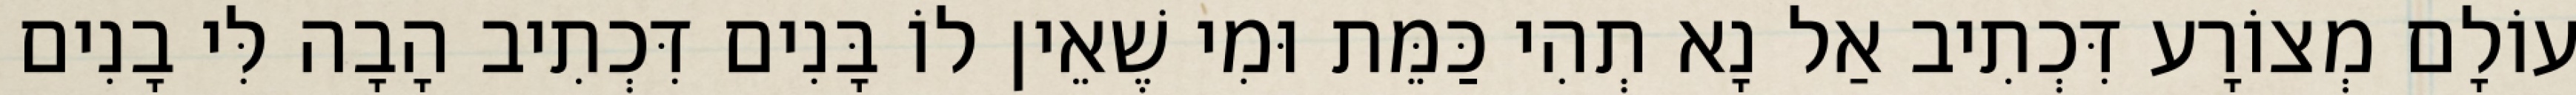
עוֹלָם מְצוֹרָע דִּכְתִיב אַל נָא תְהִי כַּמֵּת וּמִי שֶׁאֵין לוֹ בָּנִים דִּכְתִיב הָבָה לִּי בָנִים